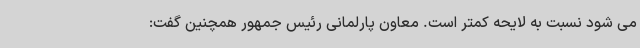
می شود نسبت به لایحه کمتر است. معاون پارلمانی رئیس جمهور همچنین گفت: